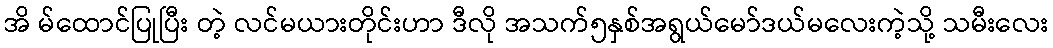
အိ မ်ထောင်ပြုပြီး တဲ့ လင်မယားတိုင်းဟာ ဒီလို အသက်၅နှစ်အရွယ်မော်ဒယ်မလေးကဲ့သို့ သမီးလေး